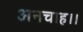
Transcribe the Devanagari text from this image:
अनचाह।।